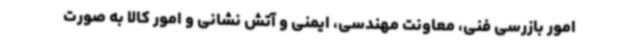
امور بازرسی فنی، معاونت مهندسی، ایمنی و آتش نشانی و امور کالا به صورت